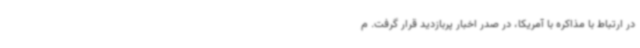
در ارتباط با مذاکره با آمریکا، در صدر اخبار پربازدید قرار گرفت. م